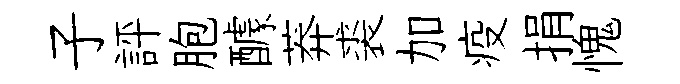
子評胞醵莽裘加疫捐愧